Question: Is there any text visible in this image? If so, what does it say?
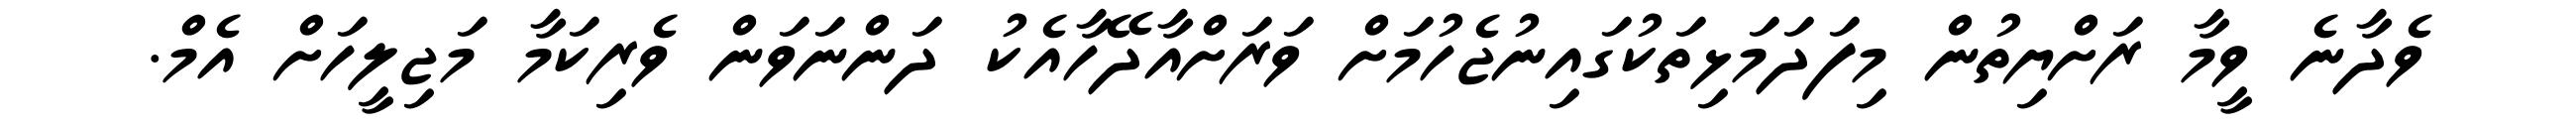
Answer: ވެދާނެ ވީމާ ރަށްޔިތުން މިފަދަމަޅިތަކުގައިނުޖެހުމަށް ވަރަށްއާދޭހާއެކު ދަންނަވަން ވެރިކަމާ މަޖިލީހަށް އެމް.